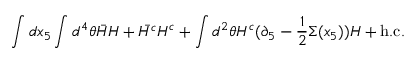
\int d x _ { 5 } \int d ^ { 4 } \theta \bar { H } H + \bar { H ^ { c } } H ^ { c } + \int d ^ { 2 } \theta H ^ { c } ( \partial _ { 5 } - \frac { 1 } { 2 } \Sigma ( x _ { 5 } ) ) H + \mathrm { h . c . }